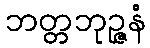
ဘတ္တဘုဉ္ဇနံ